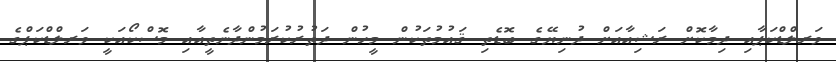
ވަރލްޑްކަޕާއި ދިމާކޮށް ރަޝިއާއަށް ދުނިޔޭގެ ބޮޑެތި ޤައުމުތަކުން މީހުން ދަތުރުކުރަމުންދާނެތީއާއި މޮސްކޯއަކީ ވަރލްޑްކަޕްގެ